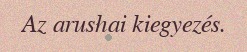
Az arushai kiegyezés.